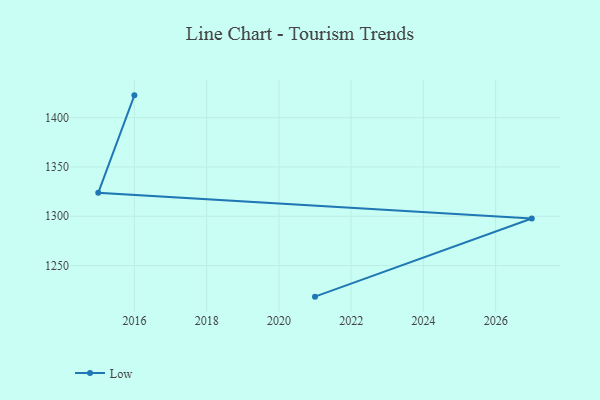
{"axis": {"x": "Year", "y": "Production Output"}, "legend": ["Low"], "data": [{"x": "2016", "y": 1422.7, "type": "Low"}, {"x": "2015", "y": 1323.8, "type": "Low"}, {"x": "2027", "y": 1297.7, "type": "Low"}, {"x": "2021", "y": 1218.4, "type": "Low"}]}